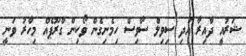
ޝަރުއީ ދާއިރާ އަދި ސިވިލް ސާވިސް ހިމެނިގެން ވޯކިން ގްރޫޕެއް މިހާރު ވަނީ